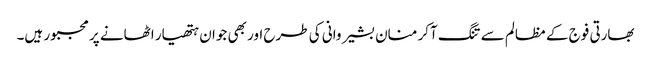
بھارتی فوج کے مظالم سے تنگ آکر منان بشیر وانی کی طرح اور بھی جوان ہتھیار اٹھانے پر مجبور ہیں۔